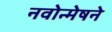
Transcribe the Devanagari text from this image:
नवोन्मेषने